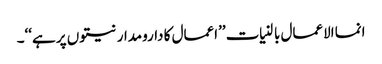
انما الاعمال بالنیات ’’اعمال کا دارومدار نیتوں پر ہے‘‘۔